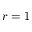
r = 1